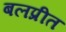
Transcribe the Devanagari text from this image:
बलप्रीत